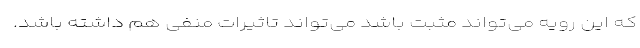
که این رویه می‌تواند مثبت باشد می‌تواند تاثیرات منفی هم داشته باشد.